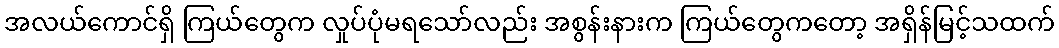
အလယ်ကောင်ရှိ ကြယ်တွေက လှုပ်ပုံမရသော်လည်း အစွန်းနားက ကြယ်တွေကတော့ အရှိန်မြင့်သထက်